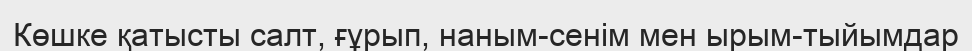
Көшке қатысты салт, ғұрып, наным-сенім мен ырым-тыйымдар